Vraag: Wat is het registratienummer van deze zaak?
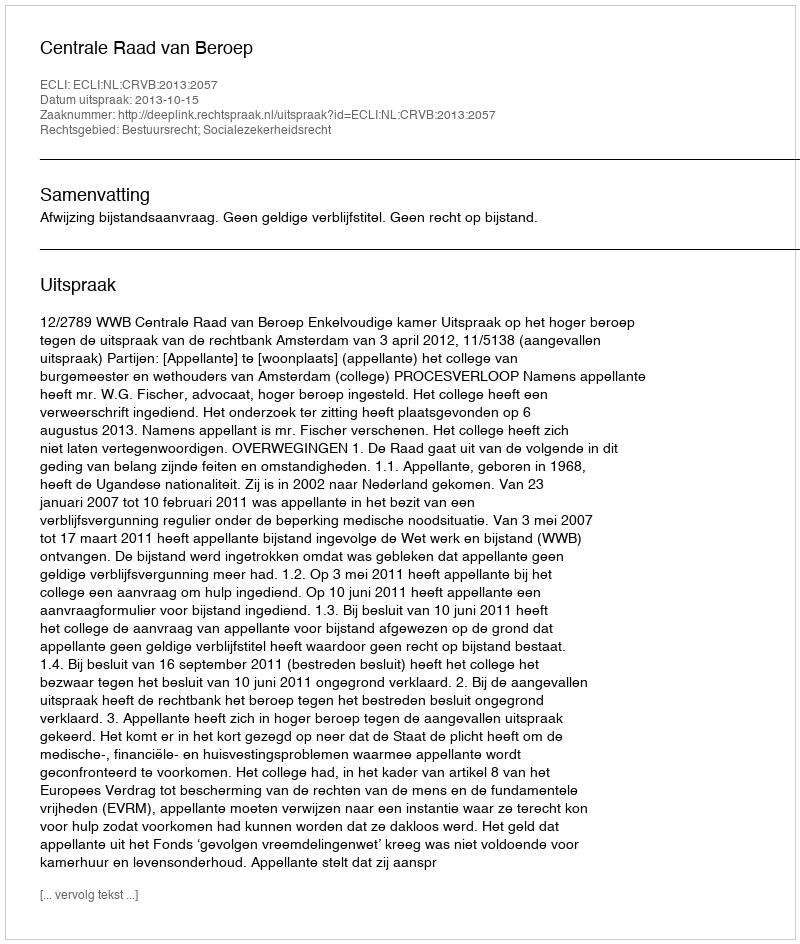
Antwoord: http://deeplink.rechtspraak.nl/uitspraak?id=ECLI:NL:CRVB:2013:2057